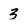
Character: 3